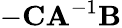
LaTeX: -\mathbf{CA}^{-1}\mathbf{B}